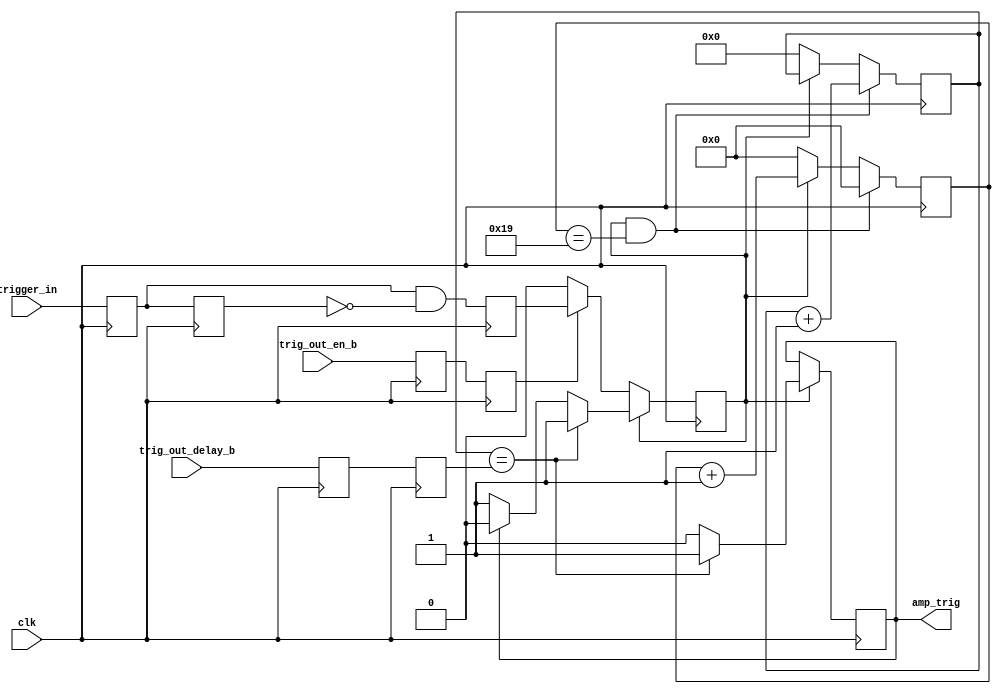
module AmpTrig2(
    input clk,
    input trigger_in,
	 input trig_out_en_b,
	 input [6:0] trig_out_delay_b,
    output reg amp_trig = 1'b0
    );

//parameter TRIG_BLK_SIZE = 5'd20;
parameter TRIG_BLK_SIZE = 5'd26; //extend trigger delay range from zero (start of warm up - 3300 cycles before sampling) and just after sampling window starts
											// ie. 3300 / 128 = 26


reg trigger_a = 1'b0, trigger_b = 1'b0, trigd = 1'b0, trig_out_en = 1'b0, trig_out_en_a = 1'b0;//, trig_out_gate = 1'b0;
reg trig_reg = 1'b0;
reg [6:0] trig_out_delay = 7'd0, trig_out_delay_a = 7'd0;
reg [6:0] trig_mstr_ctr = 7'd0;
reg [4:0] trig_blk_ctr = 5'd0;


always @(posedge clk) begin
	trigger_a <= trigger_in;
	trigger_b <= trigger_a;
	trig_out_en <= trig_out_en_a;
	trig_out_en_a <= trig_out_en_b;
	trig_out_delay <= trig_out_delay_a;
	trig_out_delay_a <= trig_out_delay_b;

	trig_reg <= trigger_a & ~trigger_b;
	if (~trigd) begin
		trigd <= (trig_out_en) ? trig_reg : trigd; //leading edge detector on trigger_in
		amp_trig <= amp_trig;
	end else if (trig_mstr_ctr == trig_out_delay) begin
		amp_trig <= 1'b1;
		//amp_trig <= (trig_out_en && ~amp_trig) ? 1'b1 : amp_trig;
		//amp_trig <= (trig_out_en) ? 1 : 0;
		trigd <= trigd;
	end else if (amp_trig) begin
		amp_trig <= 1'b0;
		trigd <= 1'b0;
	end else begin
		amp_trig <= amp_trig;
		trigd <= trigd;
	end
	

		
	
	//trig_out_gate <= (trig_out_delay == 7'd0) ? 0 : trig_out_en;
	
	//amp_trig <= ((trig_mstr_ctr == trig_out_delay) && trig_out_gate) ? 1 : 0;
	
	if (trigd && (trig_blk_ctr==TRIG_BLK_SIZE-1)) begin
		trig_mstr_ctr <= trig_mstr_ctr + 1'b1;
		trig_blk_ctr <= 5'd0;
		end
	else if (trigd) begin
		trig_mstr_ctr <= trig_mstr_ctr;
		trig_blk_ctr <= trig_blk_ctr + 1'b1;
		end
	else begin
		trig_mstr_ctr <= 7'd0;
		trig_blk_ctr <= 5'd0;
		end
	end
endmodule